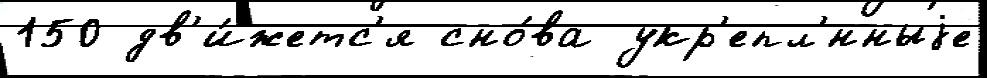
150 дв'и́жетс'я сно́ва укр'епл'́нныjе